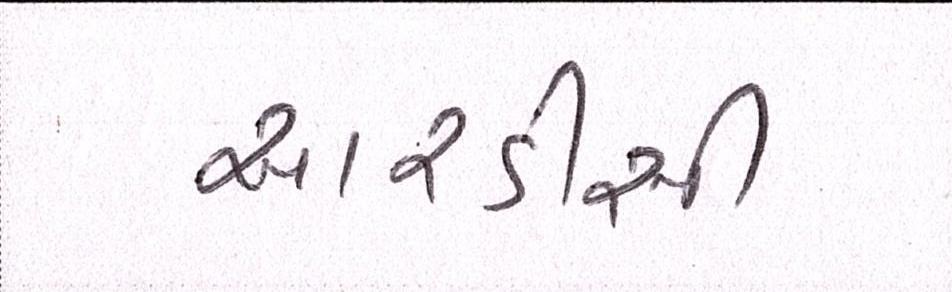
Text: આરડીસી